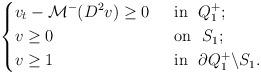
LaTeX: \begin{align*}\left\{\begin{aligned}&v_t-\mathcal{M}^-(D^2v)\geq 0&& ~~\mbox{in}~~Q^+_{1};\\&v\geq 0&& ~~\mbox{on}~~S_{1};\\&v\geq 1&&~~\mbox{in}~~\partial Q^+_{1}\backslash S_{1}.\end{aligned}\right.\end{align*}